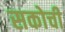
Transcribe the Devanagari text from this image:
सकोची